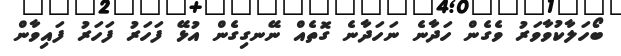
ބޯހަލާކުވާވަރު ވެގެން ހަދާނެ ނަހަދާނެ ގޮތެއް ނޭނގިގެން އުޅޭ ފަހަރު ފަހަރު ފައިވާން